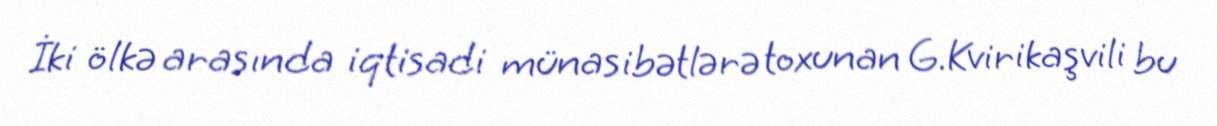
İki ölkə arasında iqtisadi münasibətlərə toxunan G.Kvirikaşvili bu